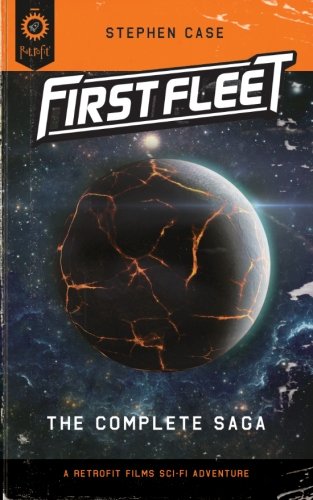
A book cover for First Fleet #1-4: The Complete Saga (Volume 5); Stephen Case; Science Fiction & Fantasy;